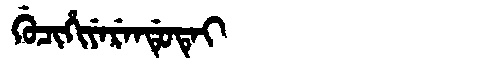
Manchu: ᡤᡠᠴᡳᡥᡳᠶᡝᡵᡝᠨᡩᡠᡨᡝᡳ
Romanization: GUCIHIYERENDUTEI